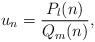
LaTeX: \begin{align*}u_n=\frac{P_l(n)}{Q_m(n)},\end{align*}